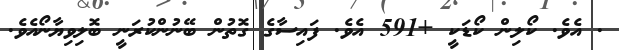
. އެވެ. ކޯލިން ކޯޑަކީ +591 އެވެ. ފައިސާގެ ގޮތުން ބޭނުންކުރަނީ ބޮލިވިޔާނޯއެވެ.